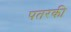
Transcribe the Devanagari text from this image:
पतरकी